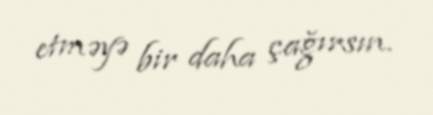
etməyə bir daha çağırsın.